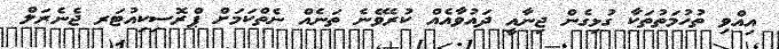
އިއްވި ތުހުމަތުތަކާ ގުޅިގެން ޖިނާއީ ދައުވާއެއް ކުރެވޭނެ ތަނެއް ނެތްކަމަށް ޕްރޮސިކިއުޓަރ ޖެނެރަލް